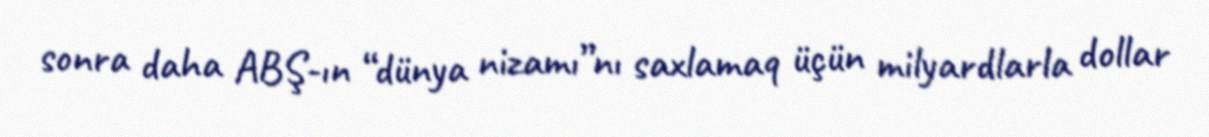
sonra daha ABŞ-ın “dünya nizamı”nı saxlamaq üçün milyardlarla dollar